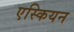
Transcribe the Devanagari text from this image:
एस्कियन